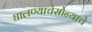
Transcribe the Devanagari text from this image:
घालण्याचेसोन्याचे